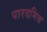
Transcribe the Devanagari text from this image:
पारदमिश्र